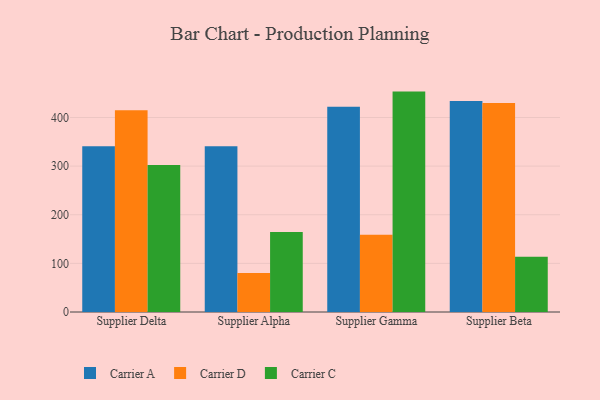
{"axis": {"x": "Supplier", "y": "Inventory Turnover"}, "legend": ["Carrier A", "Carrier C", "Carrier D"], "data": [{"x": "Supplier Delta", "y": 340.8, "type": "Carrier A"}, {"x": "Supplier Delta", "y": 415.0, "type": "Carrier D"}, {"x": "Supplier Delta", "y": 302.2, "type": "Carrier C"}, {"x": "Supplier Alpha", "y": 340.7, "type": "Carrier A"}, {"x": "Supplier Alpha", "y": 80.4, "type": "Carrier D"}, {"x": "Supplier Alpha", "y": 164.4, "type": "Carrier C"}, {"x": "Supplier Gamma", "y": 422.2, "type": "Carrier A"}, {"x": "Supplier Gamma", "y": 158.9, "type": "Carrier D"}, {"x": "Supplier Gamma", "y": 453.2, "type": "Carrier C"}, {"x": "Supplier Beta", "y": 434.0, "type": "Carrier A"}, {"x": "Supplier Beta", "y": 429.8, "type": "Carrier D"}, {"x": "Supplier Beta", "y": 113.7, "type": "Carrier C"}]}